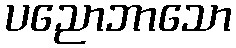
ပညောဘာသော